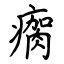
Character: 瘸